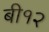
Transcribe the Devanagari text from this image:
बी१२